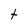
Character: t